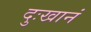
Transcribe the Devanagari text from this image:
दुःखानं